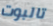
تالبوت